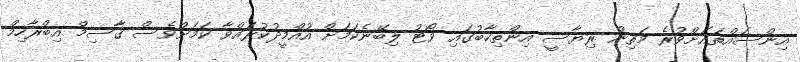
އިންސައްތައަށްވުރެ މަތިން ރިޔާސީ އިންތިހާބުގައި ވޯޓު ލިބޭނެކަމަށް އުއްމީދުކުރައްވާ ކަމަށްވެސް ޤާސިމް އިބްރާހިމް